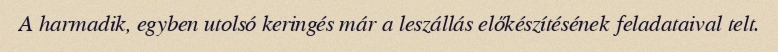
A harmadik, egyben utolsó keringés már a leszállás előkészítésének feladataival telt.